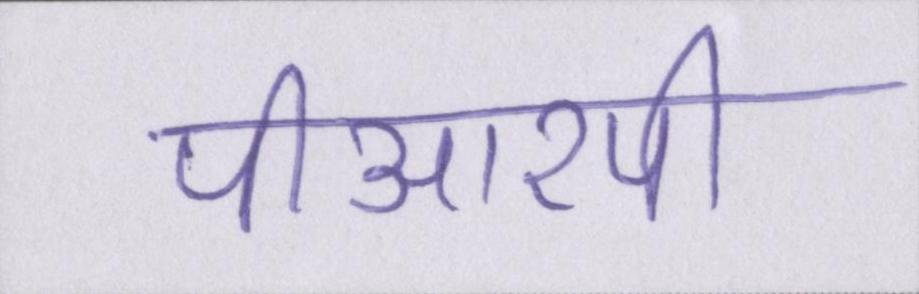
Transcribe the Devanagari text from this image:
पीआरपी